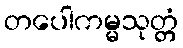
တပေါကမ္မသုတ္တံ